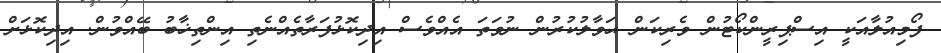
ފޯމިއުލާއަކީ އިސްޕިރީންކޯޓުން ވެރިކަން ޙަވާލުކުރުން ނުވަތަ އެއްވެސް އިދިކޮޅުފަރާތެއްނެތި އިންތިޚާބު ބޭއްވުން. އިދިކޮޅަށް